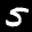
Label: 5